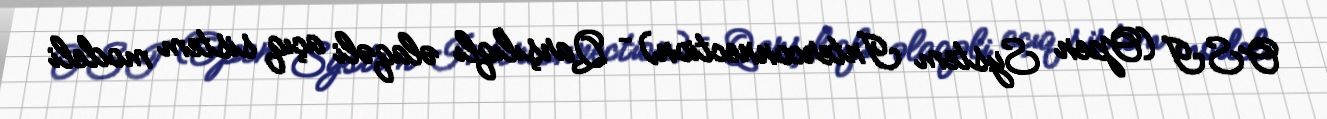
OSI (Open System Interconnection) – Qarşılıqlı əlaqəli açıq sistem modeli